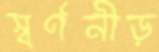
স্বর্ণনীড়